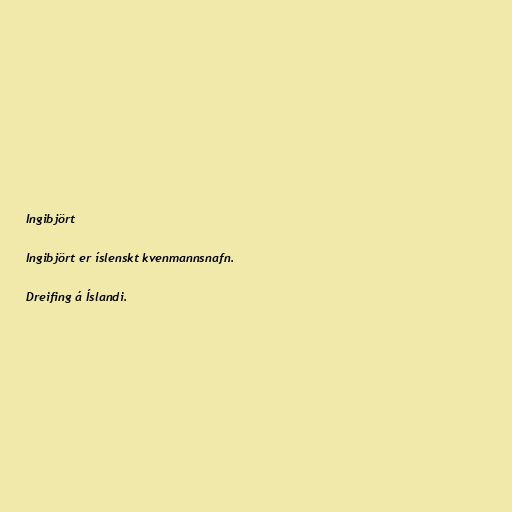
Ingibjört

Ingibjört er íslenskt kvenmannsnafn.

Dreifing á Íslandi.